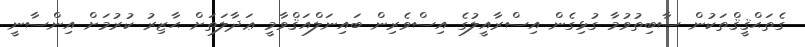
ގެތަޙްޤީޤްތަކުން ސާބިތުވުމާ ގުޅިގެން އިސްރާއީލުގެ އިސްވެރިން ބައިނަލްއަޤްވާމީ ޢަދާލަތަށް ޙާޒިރު ކުރުމަށް އިންސާނީ